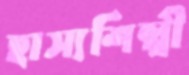
হাস্যশিল্পী